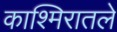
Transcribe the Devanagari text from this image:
काश्मिरातले